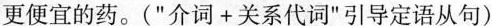
更便宜的药.("介词+关系代词"引导定语从句)